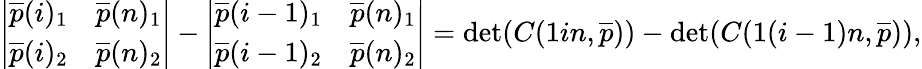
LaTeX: \left|\begin{array}{ll}{\overline{{p}}(i)_{1}}&{\overline{{p}}(n)_{1}}\\ {\overline{{p}}(i)_{2}}&{\overline{{p}}(n)_{2}}\end{array}\right|-\left|\begin{array}{ll}{\overline{{p}}(i-1)_{1}}&{\overline{{p}}(n)_{1}}\\ {\overline{{p}}(i-1)_{2}}&{\overline{{p}}(n)_{2}}\end{array}\right|=\operatorname*{det}(C(1in,\overline{{p}}))-\operatorname*{det}(C(1(i-1)n,\overline{{p}})),